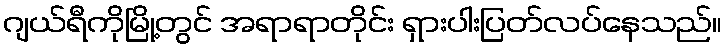
ဂျယ်ရီကိုမြို့တွင် အရာရာတိုင်း ရှားပါးပြတ်လပ်နေသည်။